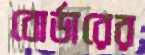
বোর্ডারের